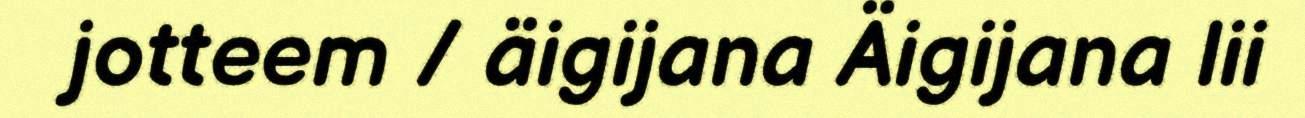
jotteem / äigijana Äigijana lii